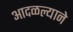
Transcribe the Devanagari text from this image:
आदळल्याने